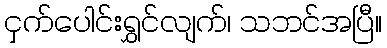
ငှက်ပေါင်းရွှင်လျက်၊ သဘင်အပြီ။